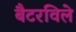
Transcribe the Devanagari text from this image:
बैटरविले